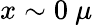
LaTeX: x\sim 0\ \mu